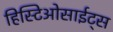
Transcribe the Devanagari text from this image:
हिस्टिओसाईट्स